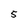
Character: 5